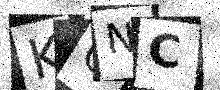
Text: KCNC